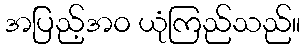
အပြည့်အဝ ယုံကြည်သည်။